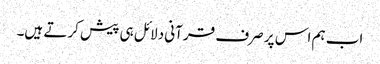
اب ہم اس پر صرف قرآنی دلائل ہی پیش کرتے ہیں۔